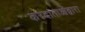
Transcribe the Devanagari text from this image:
करदाताओंद्वारा